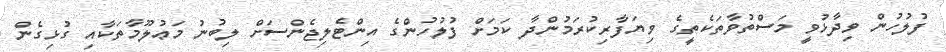
ފުލުހުން ވިދާޅުވީ މަސްތުވާތަކެތީގެ ވިޔަފާރިކުރަމުންދާ ކަަމަށް ފުލުހުންގެ އިންޓެލިޖެންސަށް ލިބުނު މަޢުލޫމާތަކާއި ގުޅިގެން